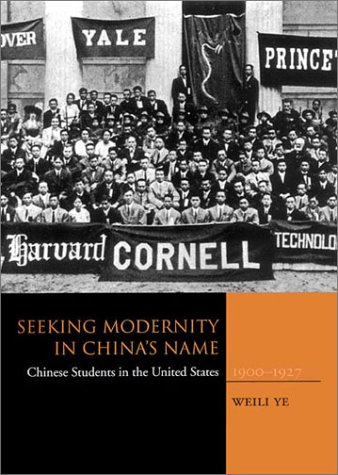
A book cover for Seeking Modernity in ChinaEEs Name: Chinese Students in the United States, 1900-1927; Weili Ye; Travel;